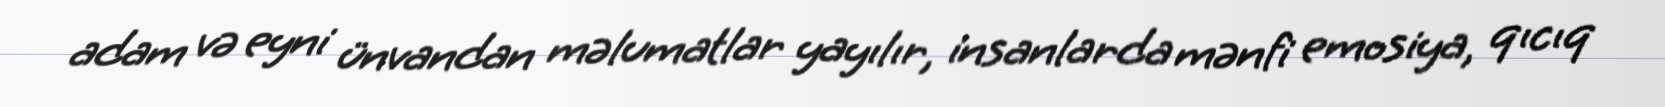
adam və eyni ünvandan məlumatlar yayılır, insanlarda mənfi emosiya, qıcıq